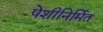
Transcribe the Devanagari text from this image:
पेशीनिर्मित